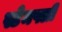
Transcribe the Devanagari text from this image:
स्टेमफ्ली